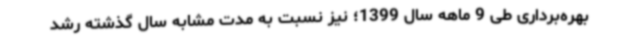
بهره‌برداری طی 9 ماهه سال 1399؛ نیز نسبت به مدت مشابه سال گذشته رشد